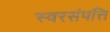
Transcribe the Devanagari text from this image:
स्वरसंपत्ति